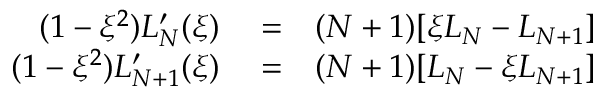
\begin{array} { r l r } { ( 1 - \xi ^ { 2 } ) L _ { N } ^ { \prime } ( \xi ) } & { { } = } & { ( N + 1 ) [ \xi L _ { N } - L _ { N + 1 } ] } \\ { ( 1 - \xi ^ { 2 } ) L _ { N + 1 } ^ { \prime } ( \xi ) } & { { } = } & { ( N + 1 ) [ L _ { N } - \xi L _ { N + 1 } ] } \end{array}